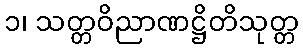
၁၊ သတ္တဝိညာဏဋ္ဌိတိသုတ္တ